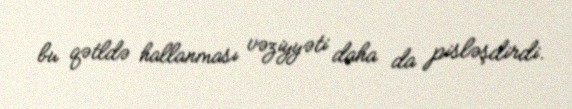
bu qətldə hallanması vəziyyəti daha da pisləşdirdi.